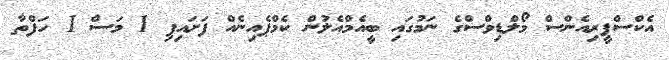
އެކްސްޕީރިއެންސް މޯލްޑިވްސްގެ ނަމުގައި ބީއެމްއެލުން ކެމްޕެއިނެެއް ފަށައިފި 1 މަސް 1 ހަފްތާ